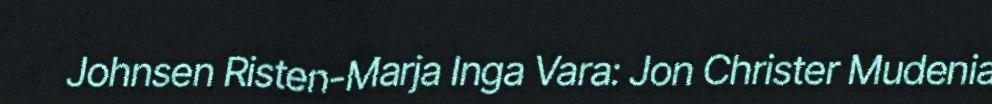
Johnsen Risten-Marja Inga Vara: Jon Christer Mudenia